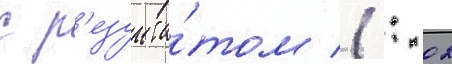
с р'езульта́том 1: 02